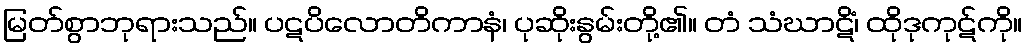
မြတ်စွာဘုရားသည်။ ပဋပိလောတိကာနံ၊ ပုဆိုးနွမ်းတို့၏။ တံ သံဃာဋိံ၊ ထိုဒုကုဋ်ကို။